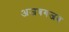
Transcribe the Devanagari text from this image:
अजबगजब